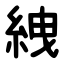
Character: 絏